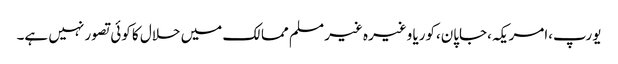
یورپ،امریکہ،جاپان،کوریا وغیرہ غیر مسلم ممالک میں حلال کا کوئی تصور نہیں ہے۔